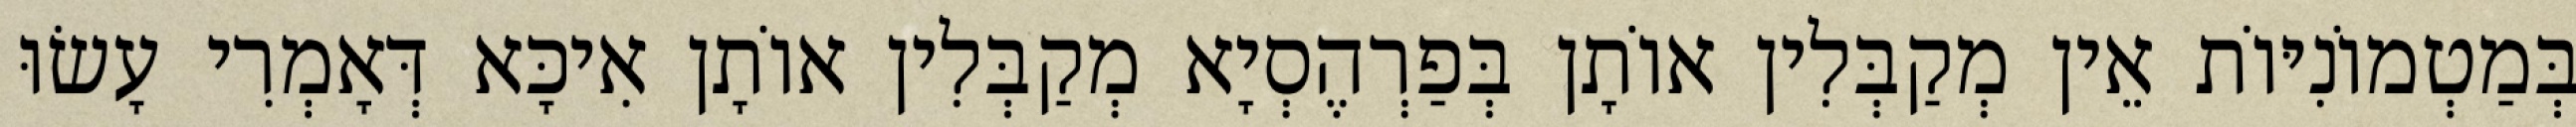
בְּמַטְמוֹנִיּוֹת אֵין מְקַבְּלִין אוֹתָן בְּפַרְהֶסְיָא מְקַבְּלִין אוֹתָן אִיכָּא דְּאָמְרִי עָשׂוּ